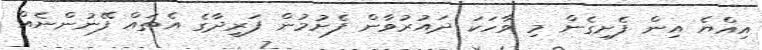
އިއްޔެ އިން ފެށިގެން މި ވާހަކަ ދައުރުވާން ފެށުމުން ފަރީދާގެ އެތައް ފޭނުންނެއް